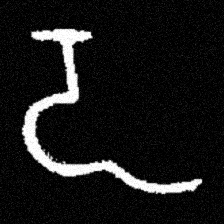
Pyu character \u2014 Myanmar letter: ဍ (romanized: dda)